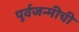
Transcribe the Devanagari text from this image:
पूर्वजन्मीची